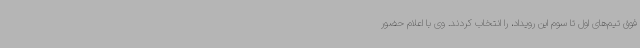
فوق تیم‌های اول تا سوم این رویداد، را انتخاب کردند. وی با اعلام حضور